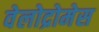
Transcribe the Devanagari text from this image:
वेलोद्रोमेस